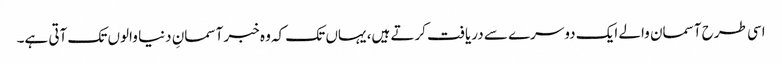
اسی طرح آسمان والے ایک دوسرے سے دریافت کرتے ہیں، یہاں تک کہ وہ خبر آسمانِ دنیا والوں تک آتی ہے۔